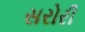
સરોરી